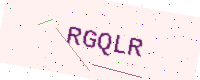
Text: RGQLR